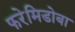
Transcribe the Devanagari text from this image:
फरेमिडोबा